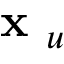
\textbf { x } _ { u }